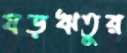
ষড়ঋতুর